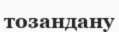
тозандану